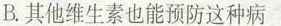
B.其他维生素也能预防这种病